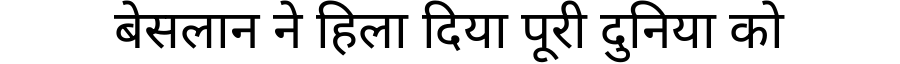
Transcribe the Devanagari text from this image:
बेसलान ने हिला दिया पूरी दुनिया को